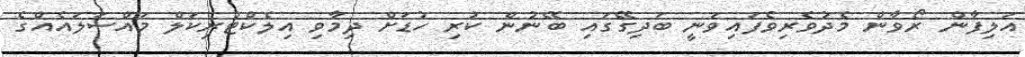
އަލިފާން ރޯވާން މެދުވެރިވެފައިވަނީ ބަދިގޭގައި ބޭނުން ކުރި ހުޑަށް ދިމާވި އިލެކްޓްރިކަލް މައްސަލައެއްގެ